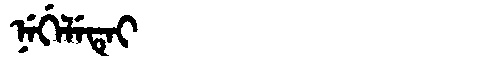
Manchu: ᠨᡝᡤᡝᠯᡝᡨᡝᡳ
Romanization: NEGELETEI